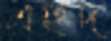
এহুদ